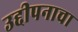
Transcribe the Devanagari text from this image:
उद्दीपनाचा